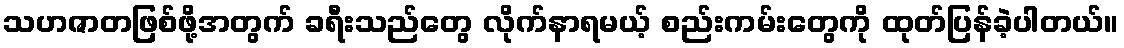
သဟဇာတဖြစ်ဖို့အတွက် ခရီးသည်တွေ လိုက်နာရမယ့် စည်းကမ်းတွေကို ထုတ်ပြန်ခဲ့ပါတယ်။